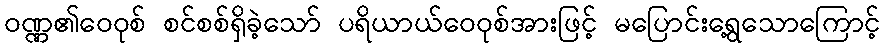
ဝဏ္ဏ၏ဝေဝုစ် စင်စစ်ရှိခဲ့သော် ပရိယာယ်ဝေဝုစ်အားဖြင့် မပြောင်းရွေ့သောကြောင့်